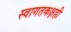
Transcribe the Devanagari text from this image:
स्वागतकक्षही